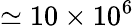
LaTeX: \simeq 10\times 10^{6}